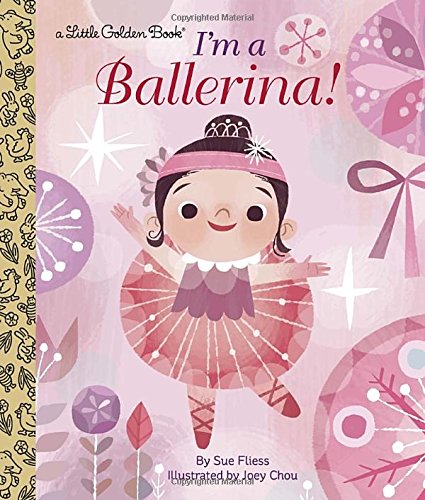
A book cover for I'm a Ballerina! (Little Golden Book); Sue Fliess; Children's Books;